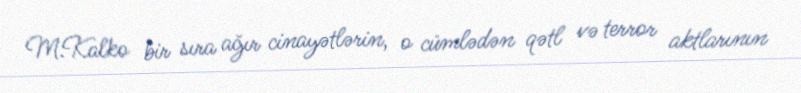
M.Kalko bir sıra ağır cinayətlərin, o cümlədən qətl və terror aktlarının